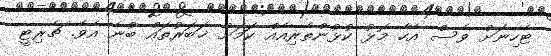
ޓެހިނަށް ވެސް އެހާ މޮޅު ކުޅުންތެރިއެއް ކަމަށް ޚަބަރުތައް ބުނެ އެވެ. ޗެރިޓީ